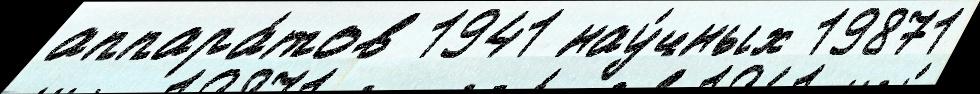
аппара́тов 1941 нау́чных 19871